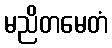
မညိတမေတံ